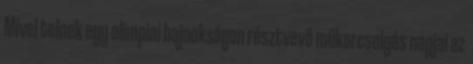
Mivel telnek egy olimpiai bajnokságon résztvevő műkorcsolyás napjai az